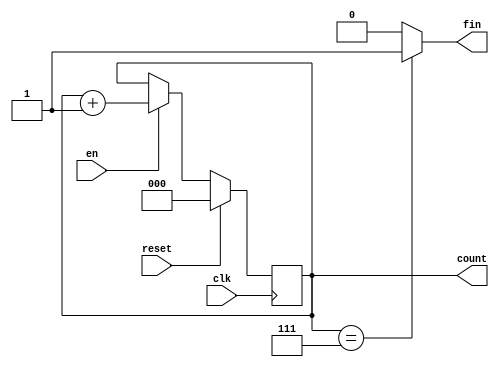
module counter8(
	input clk,
	input en,
	input reset,
	output reg [2:0] count,
	output fin
);

	assign fin=(count==3'd7)?1'b1:1'b0;

	always @(posedge clk) begin
		count<=(reset==1'b1)?3'd0:(en==1'b1)?count+3'd1:count;
	end

endmodule